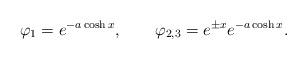
LaTeX: \begin{align*}\varphi _1=e^{-a\cosh x},\qquad \varphi _{2,3}=e^{\pm x}e^{-a\cosh x}.\end{align*}